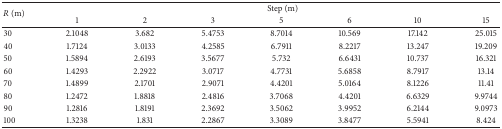
| <ROWSPAN=2> R (m) | <COLSPAN=7> Step (m) |
 | 1 | 2 | 3 | 5 | 6 | 10 | 15 |
 | --- | --- | --- | --- | --- | --- | --- | --- |
 | 30 | 2.1048 | 3.682 | 5.4753 | 8.7014 | 10.569 | 17.142 | 25.015 |
 | 40 | 1.7124 | 3.0133 | 4.2585 | 6.7911 | 8.2217 | 13.247 | 19.209 |
 | 50 | 1.5894 | 2.6193 | 3.5677 | 5.732 | 6.6431 | 10.737 | 16.321 |
 | 60 | 1.4293 | 2.2922 | 3.0717 | 4.7731 | 5.6858 | 8.7917 | 13.14 |
 | 70 | 1.4899 | 2.1701 | 2.9071 | 4.4201 | 5.0164 | 8.1226 | 11.41 |
 | 80 | 1.2472 | 1.8818 | 2.4816 | 3.7068 | 4.4201 | 6.6329 | 9.9744 |
 | 90 | 1.2816 | 1.8191 | 2.3692 | 3.5062 | 3.9952 | 6.2144 | 9.0973 |
 | 100 | 1.3238 | 1.831 | 2.2867 | 3.3089 | 3.8477 | 5.5941 | 8.424 |